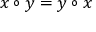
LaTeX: x \circ y = y \circ x